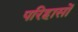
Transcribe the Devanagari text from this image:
परिहासों